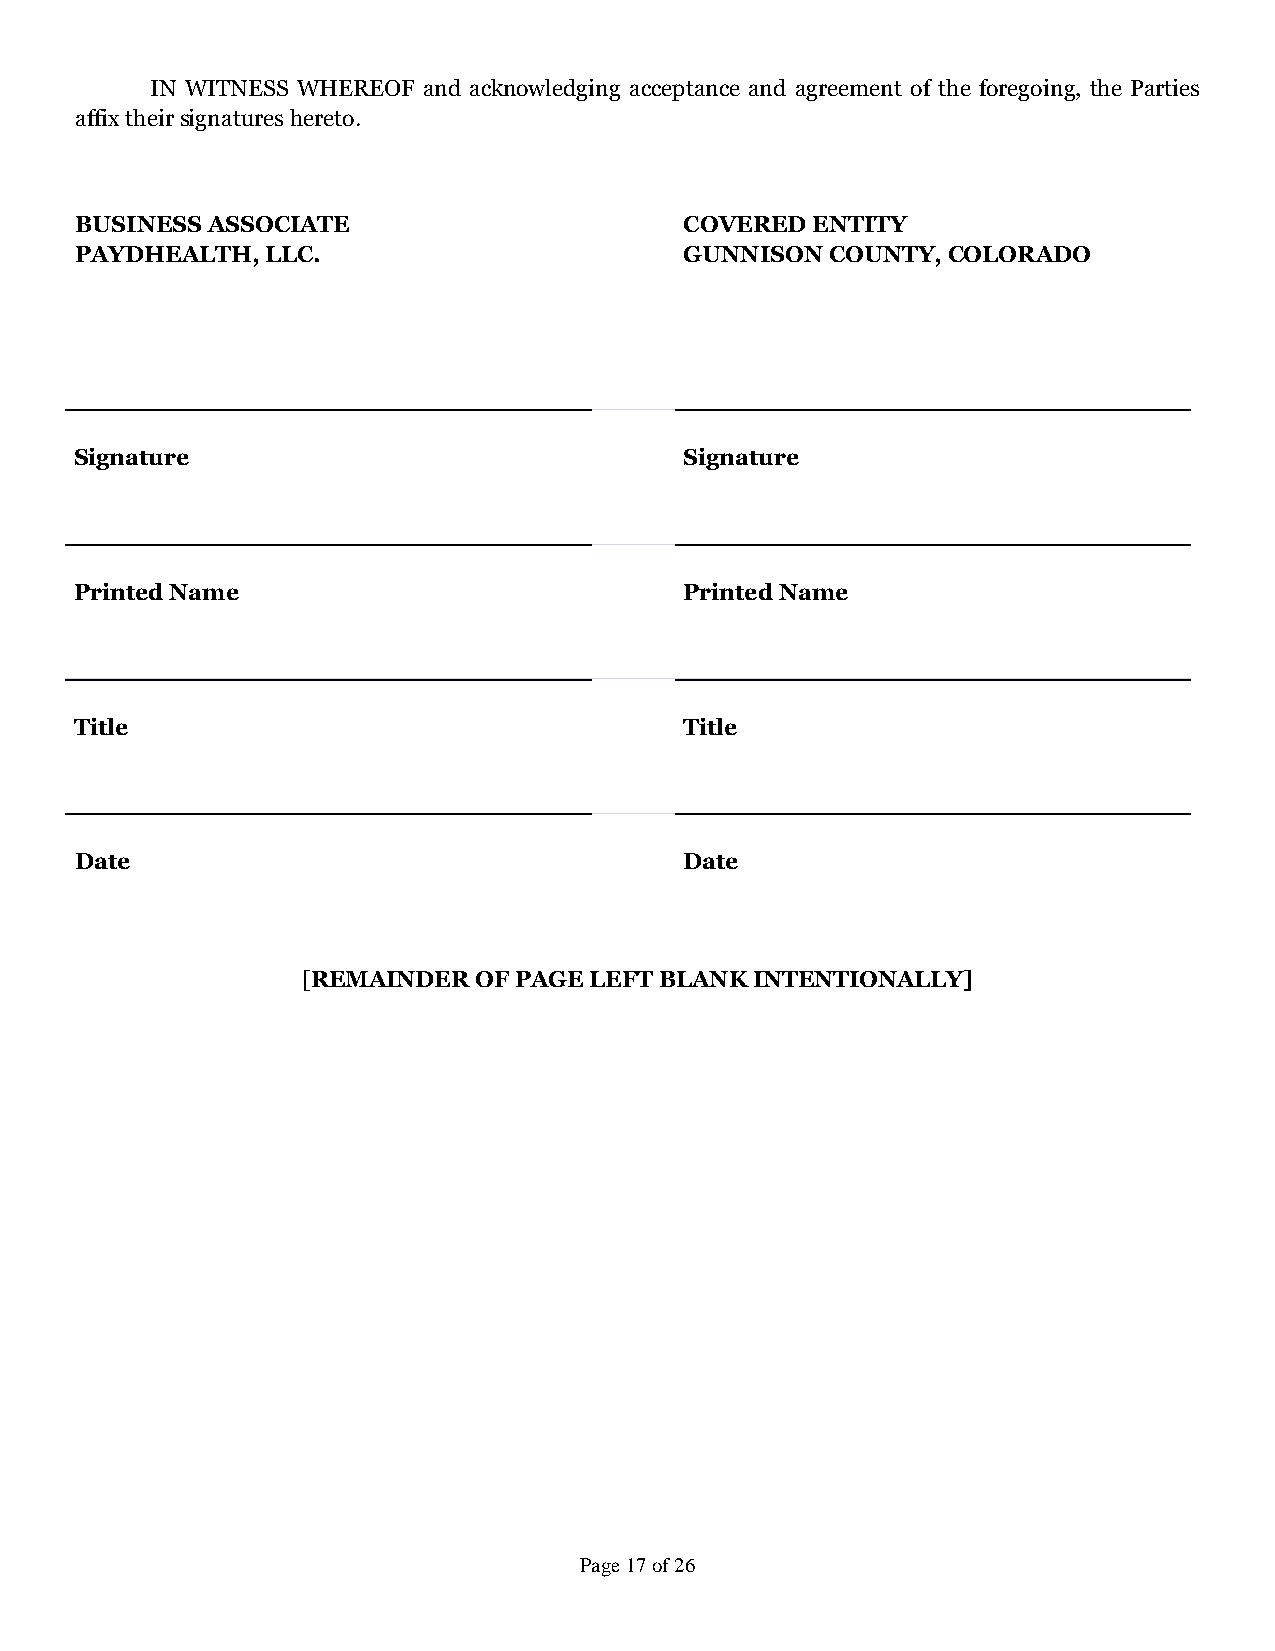
IN WITNESS WHEREOF and acknowledging acceptance and agreement of the foregoing, the Parties
 affix their signatures hereto.
 BUSINESS ASSOCIATE                      COVERED  ENTITY
 PAYDHEALTH,  LLC.                       GUNNISON  COUNTY, COLORADO
 \signature2\                             \signature1\
 Signature                               Signature
 \fullname2\                              \fullname1\
 Printed Name                            Printed Name
 \title2\                                 \title1\
 Title                                   Title
 \date2\                                  \date1\
 Date                                    Date
 [REMAINDER OF PAGE LEFT BLANK INTENTIONALLY]
 Page 17 of 26